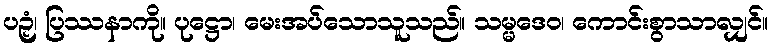
ပဉှံ၊ ပြဿနာကို။ ပုဋ္ဌော၊ မေးအပ်သောသူသည်။ သမ္မဒေဝ၊ ကောင်းစွာသာလျှင်။